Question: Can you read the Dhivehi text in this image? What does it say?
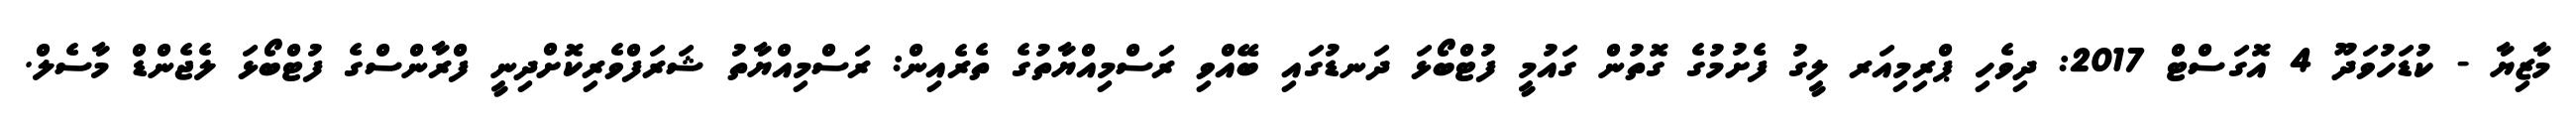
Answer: މާޒިޔާ - ކުޑަހުވަދޫ 4 އޮގަސްޓް 2017: ދިވެހި ޕްރިމިއަރ ލީގު ފެށުމުގެ ގޮތުން ގައުމީ ފުޓްބޯޅަ ދަނޑުގައި ބޭއްވި ރަސްމިއްޔާތުގެ ތެރެއިން: ރަސްމިއްޔާތު ޝަރަފްވެރިކޮށްދިނީ ފްރާންސްގެ ފުޓްބޯޅަ ލެޖެންޑް މާސެލް.